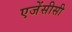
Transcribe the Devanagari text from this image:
एजेंसीसी